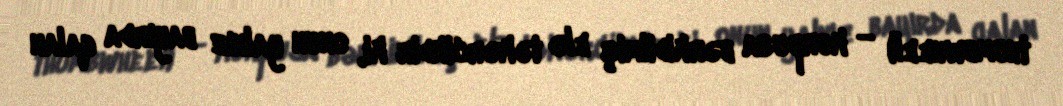
thumbwheel) — korpusa bərkidilmiş elə təkərcikdir ki, onun yalnız bayırda qalan